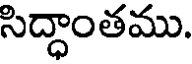
సిద్ధాంతము.